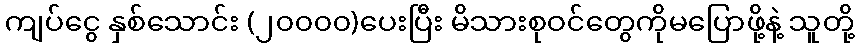
ကျပ်ငွေ နှစ်သောင်း (၂၀၀၀၀)ပေးပြီး မိသားစုဝင်တွေကိုမပြောဖို့နဲ့ သူတို့